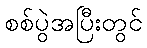
စစ်ပွဲအပြီးတွင်